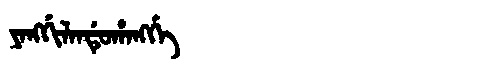
Manchu: ᠶᠠᠩᡤᡳᠯᠠᠨᡩᡠᡥᠠᠩᡤᡝ
Romanization: YANGGILANDUHANGGE